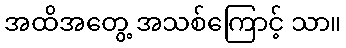
အထိအတွေ့ အသစ်ကြောင့် သာ။